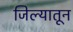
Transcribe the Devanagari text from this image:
जिल्यातून